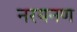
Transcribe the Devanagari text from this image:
नरयनण